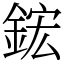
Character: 鋐